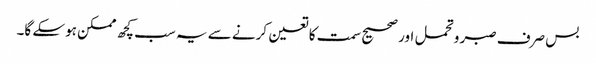
بس صرف صبر و تحمل اور صحیح سمت کا تعین کرنے سے یہ سب کچھ ممکن ہوسکے گا۔